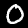
Label: 0